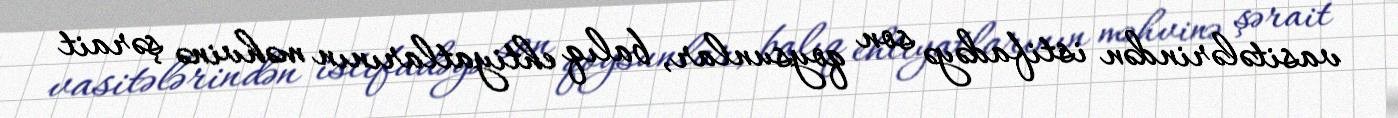
vasitələrindən istifadəyə son qoysunlar, balıq ehtiyatlarının məhvinə şərait